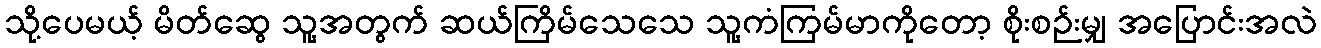
သို့ပေမယ့် မိတ်ဆွေ သူ့အတွက် ဆယ်ကြိမ်သေသေ သူ့ကံကြမ်မာကိုတော့ စိုးစဉ်းမျှ အပြောင်းအလဲ